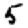
Digit: 5